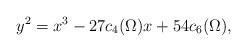
LaTeX: \begin{align*}y^2=x^3-27c_4(\Omega)x+54c_6(\Omega),\end{align*}